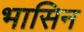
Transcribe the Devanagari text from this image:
भासिन